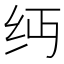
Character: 𬘔